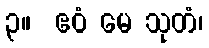
၃။  ဧဝံ မေ သုတံ၊